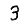
Digit: 3